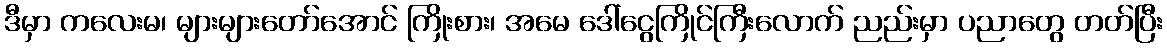
ဒီမှာ ကလေးမ၊ များများတော်အောင် ကြိုးစား၊ အမေ ဒေါ်ငွေကြိုင်ကြီးလောက် ညည်းမှာ ပညာတွေ တတ်ပြီး